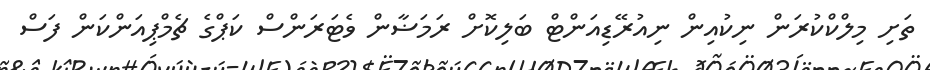
ތަށި މިލްކްކުރަން ނިކުއިން ނިއުރޭޑިއަންޓް ބަލިކޮށް ރަމަޟާން ވެޓަރަންސް ކަޕްގެ ޗެމްޕިއަންކަން ފަސް